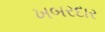
ખબરદાર